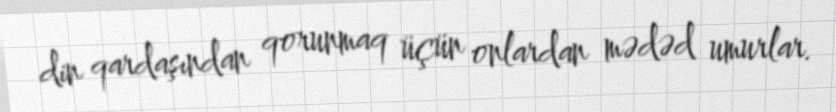
din qardaşından qorunmaq üçün onlardan mədəd umurlar.